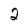
Character: 2